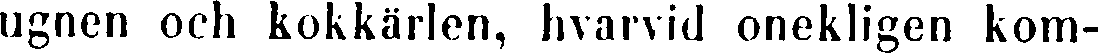
ugnen och kokkärlen, hvarvid onekligen kom-